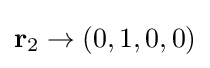
\mathbf {r} _{2}\to (0,1,0,0)